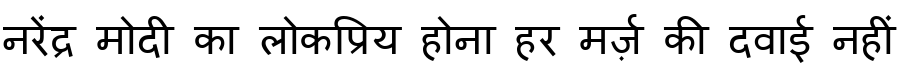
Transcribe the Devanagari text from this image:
नरेंद्र मोदी का लोकप्रिय होना हर मर्ज़ की दवाई नहीं